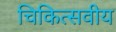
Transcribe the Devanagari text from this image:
चिकित्सवीय